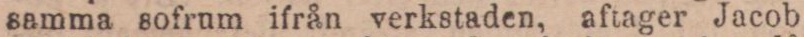
samma sofrum ifrån verkstaden, aftager Jacob